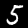
Label: 5